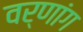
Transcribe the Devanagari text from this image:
वर्णांग